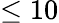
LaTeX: \leq 10